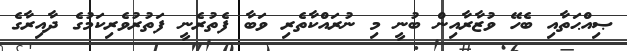
ޞިއްޙަތާއި ބެހޭ ވުޒާރާއިން ބުނީ މި ނުރައްކާތެރި ވަބާ ފެތުރެނީ ފަތުރުވެރިކަމުގެ ދާއިރާގެ